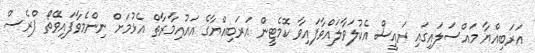
އަރަބިއްޔާ މައްސަލައިގައި ރައީސް އެކުލަވާލައްވާފައިވާ ކޮމެޓީން އަރަބިއްޔާގެ އައުއިމާރާތް އެޅުމަށް ނިންމެވާފައިވޭތޯ ޕްރެސް